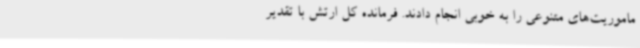
ماموریت‌های متنوعی را به خوبی انجام دادند. فرمانده کل ارتش با تقدیر